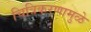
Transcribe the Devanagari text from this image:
चित्रिकरणामुळे